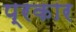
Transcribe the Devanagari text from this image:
प्रकार